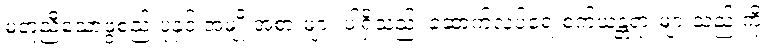
မတူညီသောဖွဲ့စည်းပုံနှင့် အမျိုးအစားများ ပါရှိသည်၊ ဆောက်လုပ်ရေးစက်ယန္တရားများသည် ကို